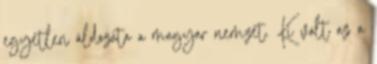
egyetlen áldozata a magyar nemzet. Ki volt az a